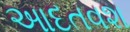
આદતવશ